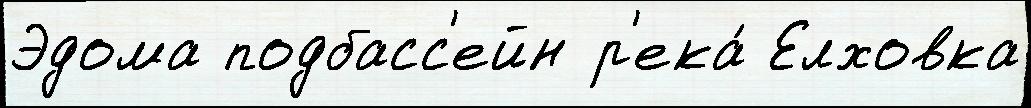
Эдома подбасс'ейн р'ека́ Елховка